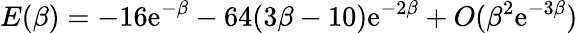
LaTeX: E(\beta)=-16\mathrm{e}^{-\beta}-64(3\beta-10)\mathrm{e}^{-2\beta}+O(\beta^{2}\mathrm{e}^{-3\beta})